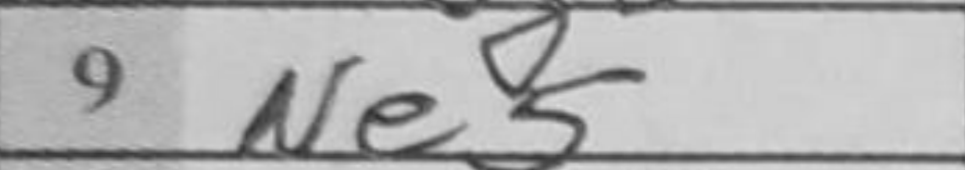
Transcription: Ne5